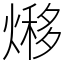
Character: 熪